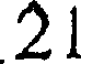
21